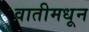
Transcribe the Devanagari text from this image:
वातीमधून